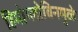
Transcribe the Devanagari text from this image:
हिमोग्लोबिनमुळे